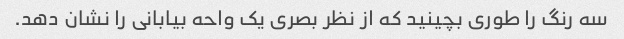
سه رنگ را طوری بچینید که از نظر بصری یک واحه بیابانی را نشان دهد.